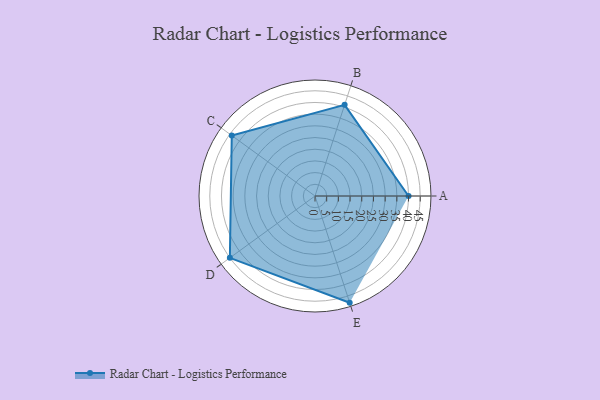
{"axis": {"x": "Skill", "y": "Score"}, "legend": ["Profile"], "data": [{"x": "A", "y": 40.0, "type": "Profile"}, {"x": "B", "y": 41.0, "type": "Profile"}, {"x": "C", "y": 44.0, "type": "Profile"}, {"x": "D", "y": 45.0, "type": "Profile"}, {"x": "E", "y": 48.0, "type": "Profile"}]}